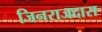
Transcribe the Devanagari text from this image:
जिनराजदास